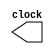
module clock_generator(output reg clock);
    parameter HALF_T = 1;

    initial begin
        clock = 0;
    end

    always begin
        #HALF_T clock = ~clock;
    end
endmodule